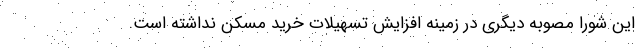
این شورا مصوبه دیگری در زمینه افزایش تسهیلات خرید مسکن نداشته است.